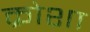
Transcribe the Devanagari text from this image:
क्रोशा